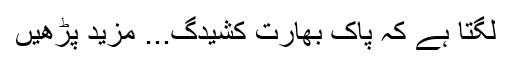
لگتا ہے کہ پاک بھارت کشیدگ... مزید پڑھیں